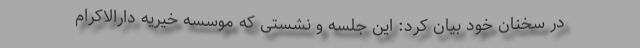
در سخنان خود بیان کرد: این جلسه و نشستی که موسسه خیریه دارالاکرام